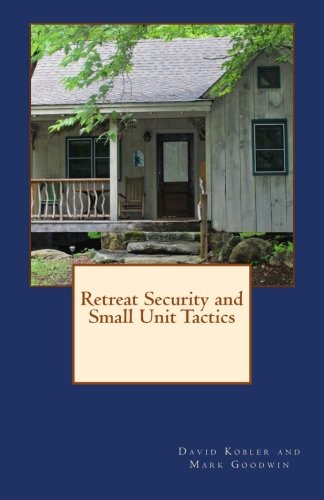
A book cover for Retreat Security and Small Unit Tactics; David Kobler; Reference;